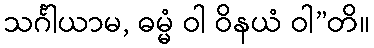
သင်္ဂါယာမ, ဓမ္မံ ဝါ ဝိနယံ ဝါ”တိ။